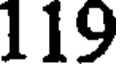
119